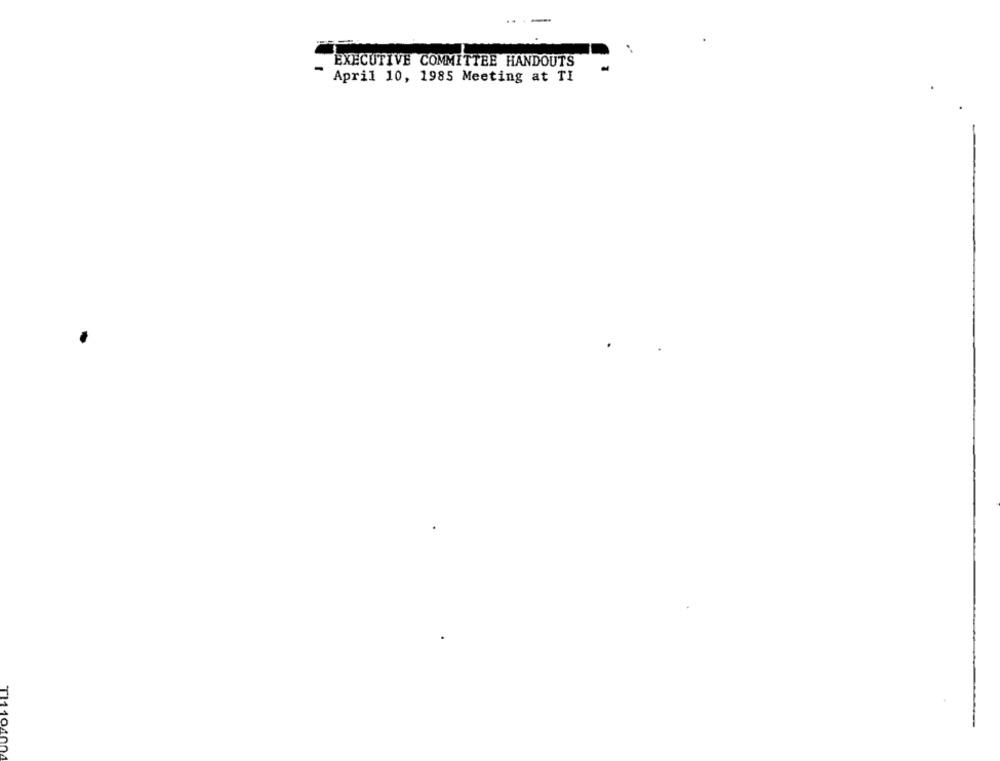
-
EXECUTIVE COMMITTEE HANDOUTS
April 10, 1985 Meeting at TI
TI1104004